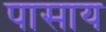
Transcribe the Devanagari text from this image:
पासाय